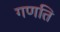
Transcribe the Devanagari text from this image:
गणति